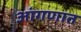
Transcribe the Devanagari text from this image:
आंगणात